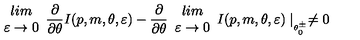
\begin{array} { c } { l i m } \\ { \varepsilon \rightarrow 0 } \\ \end{array} \frac { \partial } { \partial \theta } I ( p , m , \theta , \varepsilon ) - \frac { \partial } { \partial \theta } \begin{array} { c } { l i m } \\ { \varepsilon \rightarrow 0 } \\ \end{array} I ( p , m , \theta , \varepsilon ) \mid _ { _ { \theta _ { 0 } ^ { \pm } } } \neq 0